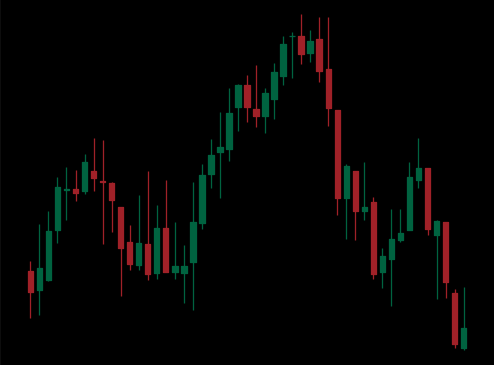
Pattern: head_shoulders